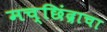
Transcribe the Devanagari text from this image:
मच्छिंद्राचा